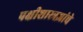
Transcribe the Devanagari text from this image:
पक्षीशास्त्रज्ञांचे